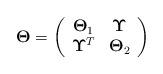
LaTeX: \begin{align*}\mathbf{\Theta}=\left( \begin{array}{cc} \mathbf{\Theta}_1 & \mathbf{\Upsilon} \\ \mathbf{\Upsilon}^T & \mathbf{\Theta}_2 \\ \end{array} \right)\end{align*}